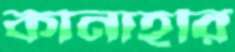
কানাহরি